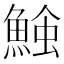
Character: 𩸈